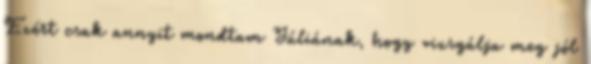
Ezért csak annyit mondtam Júliának, hogy vizsgálja meg jól